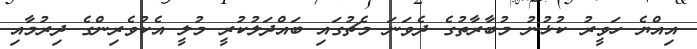
އިއްޔެ ހަވީރު ކުޅުނު މުބާރާތުގެ ދެވަނަ މެޗުގައި ބައްދަލުކުރީ މުލީ އެކުވެރިންގެ ދިރުމާއި